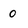
Character: 0